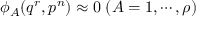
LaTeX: \phi _ { A } ( q ^ { r } , p ^ { n } ) \approx 0 \; ( A = 1 , \cdots , \rho )